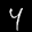
Label: 4